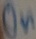
Text: On